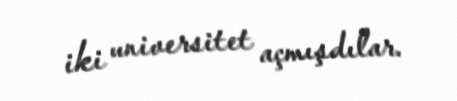
iki universitet açmışdılar.